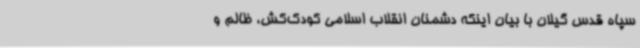
سپاه قدس گیلان با بیان اینکه دشمنان انقلاب اسلامی کودک‌کش، ظالم و